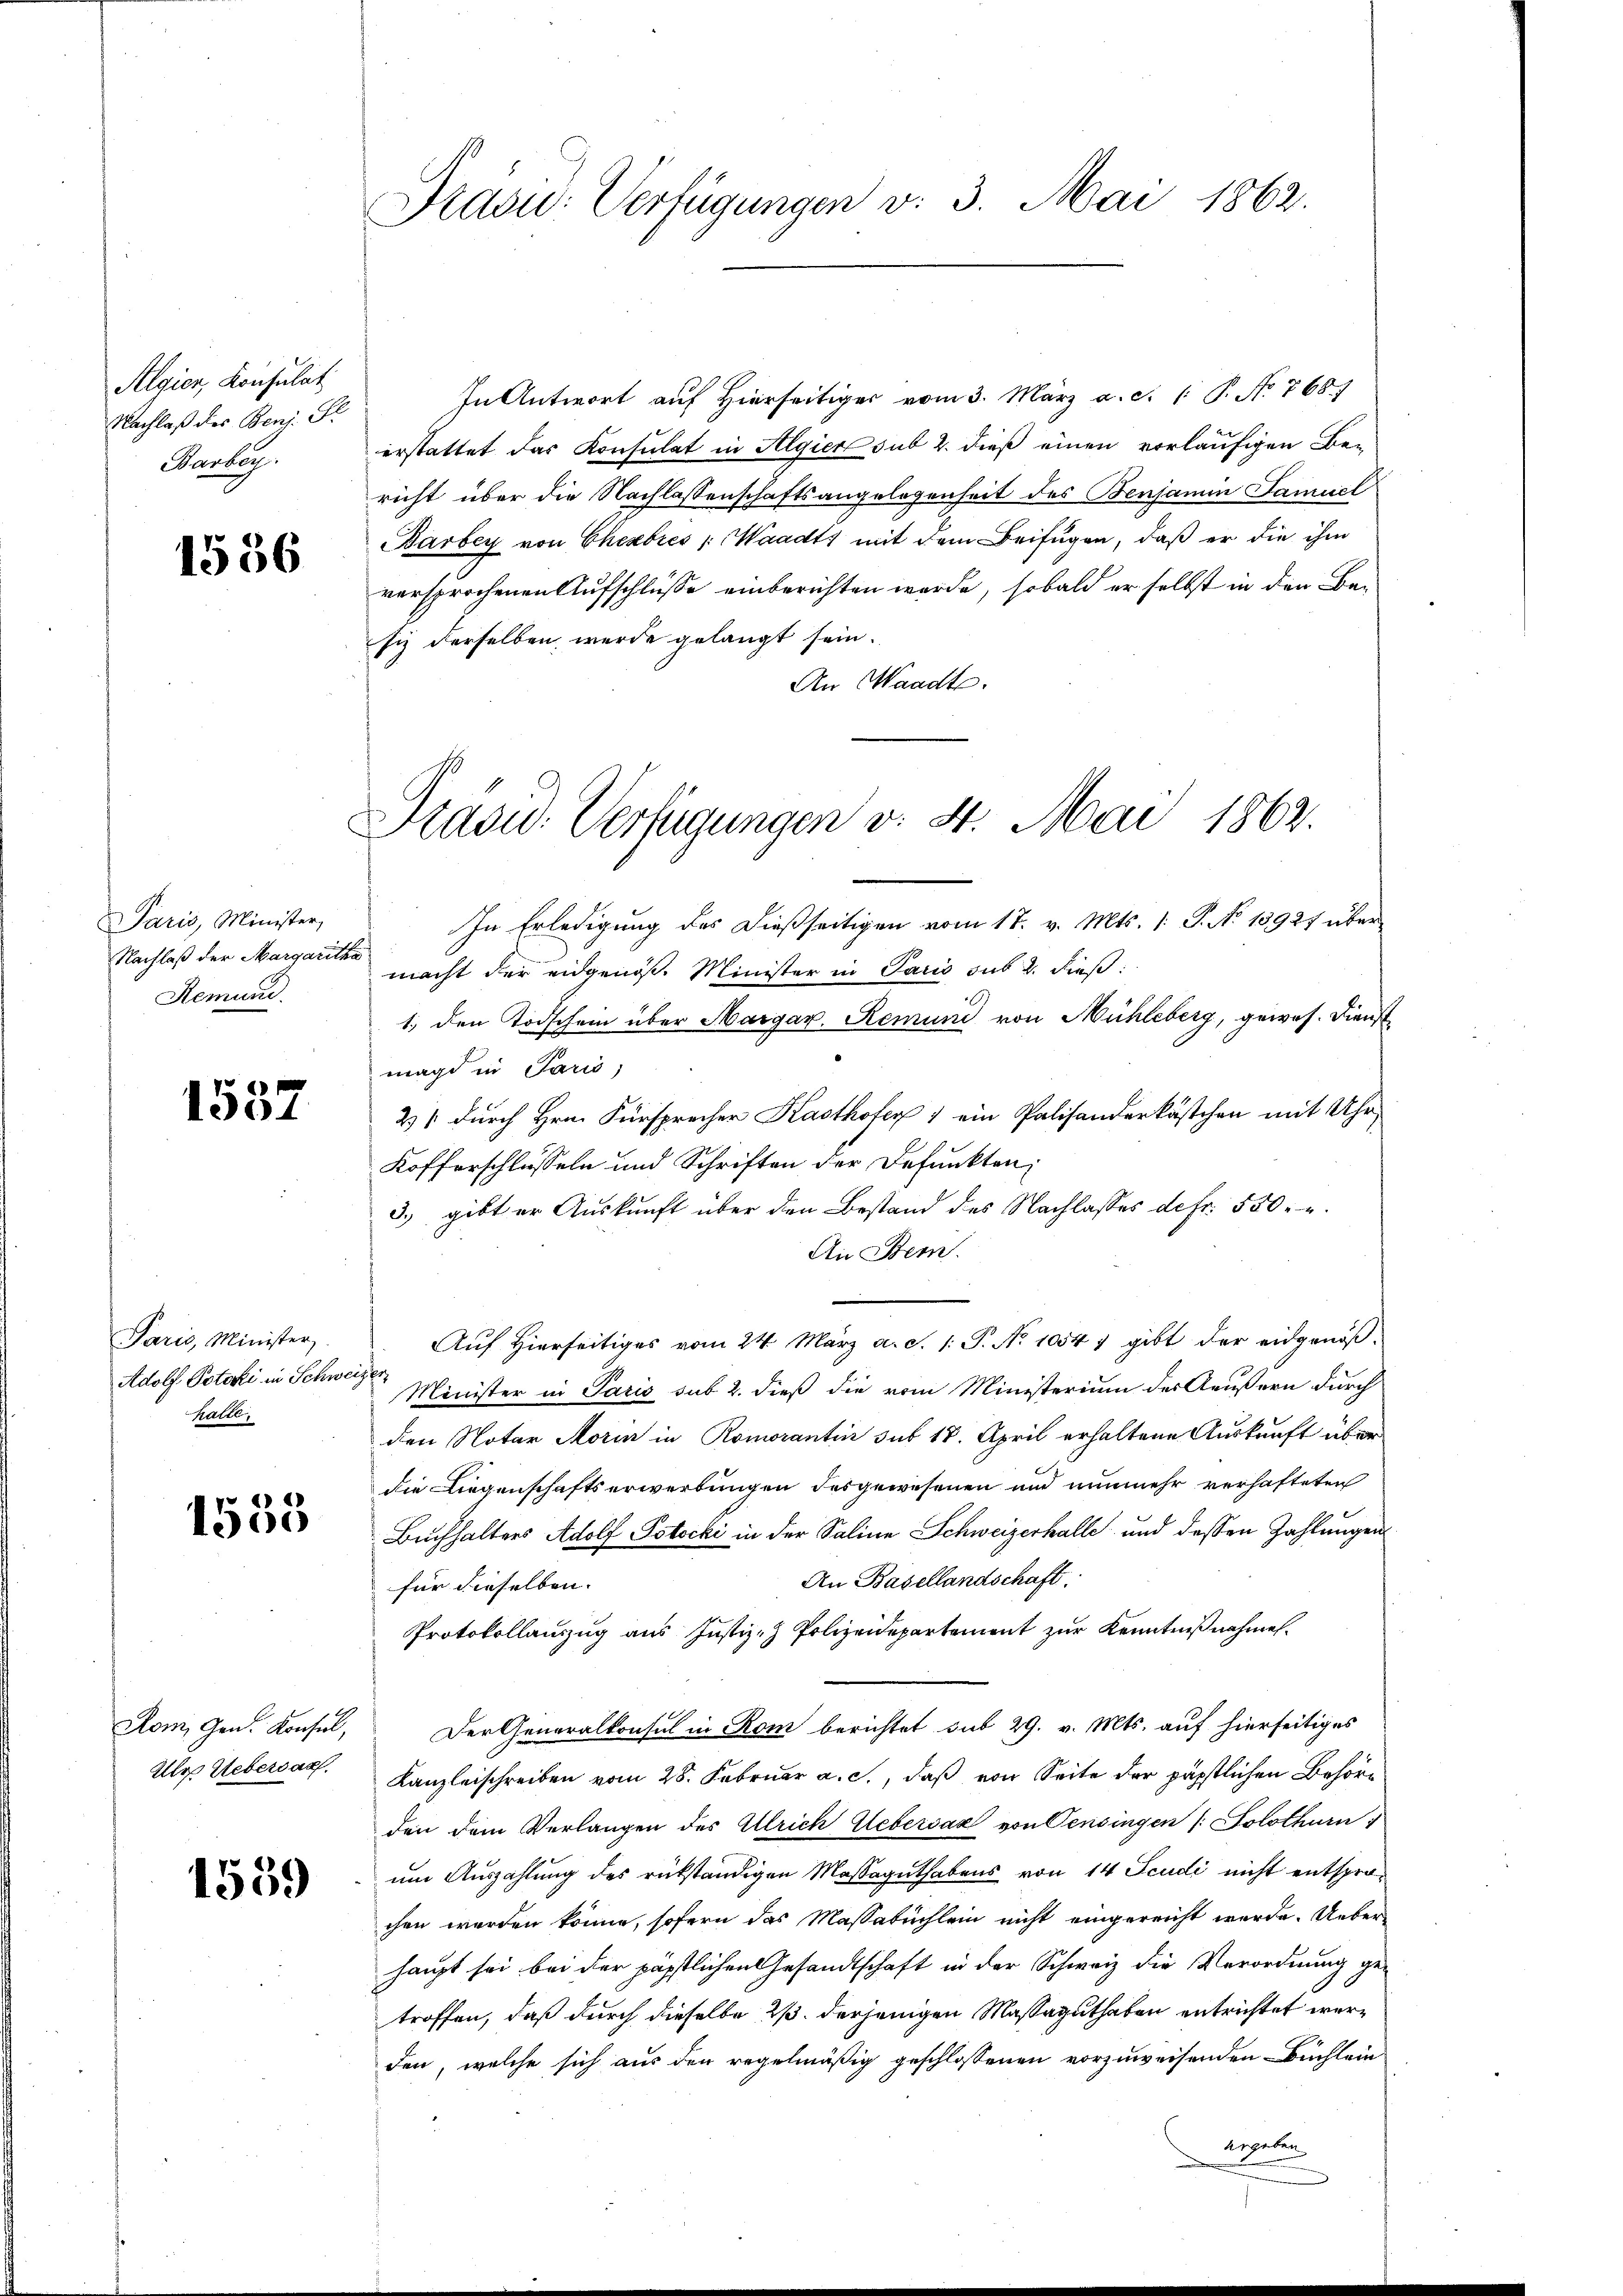
Algier, Konsulat
Nachlaß des Benz. S
Barbar.

1556

Paris, Minister,
Nachlaß der Margaritha
Remune.

1537

Paris, Minister
Adolf Potoki in Schwei
Halle,

4
1500

Rom, Gen. Konsel,
Ulr Uebersac

1559

Präsid: Verfügungen v. 3. Mai 1862.

Präsid. Verfügungen v. 4. Mai 1862.

In Antwort auf Hierseitiger vom 3. März a.c. (: P. No 768.)
erstattet das Konsulat in Algier sub 2. dieß einen vorläufigen Be-
richt über die Nachlassenschaftsangelegenheit des Benjamin Samuel
Barbey von Eheabres /: Waadt mit dem Beifügen, daß er die ihm
versprochenen Aufschlüsse einberichten werde, sobald er selbst in den Be-
siz derselben wurde gelangt sein.
An Waadt.
In Erledigung des dießseitigen vom 17. v. Mts. 1. P. No 13921 über
macht der eidgenöß. Minister in Paris sub 2. dieß:
1. den Todschein über Margar. Remune von Mühleberg, gewes. Dienst
magd in Paris,
2) durch Hrn. Fürsprecher Kasthofer 1 ein Palisanderkästchen mit Uhr
Kofferschlüsseln und Schriften der Befunkten,
3) gibt er Auskunft über den Bestand des Nachlasses defr. 550 u.
An Bern.
Auf Hierseitiges vom 24. März a. S. 1: P. No 10547 gibt der eidgenößt
Minister in Paris sub. 2. dieß die vom Ministerium des Aeußern durch
den Notar Morin in Romorantin sub 18. April erhaltene Auskunft über
die Liegenschaftserwerbungen des gewesenen und nunmehr verhafteten
Buchhalters Adolf Pstocki in der Saline Schweizerhalle und dessen Zahlungen
An Basellandschaft.
für dieselben. |
Protokollauszug aus Justiz- & Polizeidepartement zur Kenntnißnahmen.
Der Generalkonsul in Rom berichtet sub 29. v. Mts. auf hierseitiges
Kanzleischreiben vom 28. Februar a. c., daß von Seite der päpstlichen Behörden dem Verlangen des Ulrich Uebervaz von Pensingen /: Solothurn
um Auszahlung des rükständigen Massaguthabens von 14 Scudi nicht entsprochen werden könne, sofern das Massabuchlein nicht eingereicht werde. Ueberhaupt sei bei der päpstlichen Gesandtschaft in der Schweiz die Verordnung ge-
troffen, daß durch dieselbe 2. derjenigen Massaguthaben entrichtet werden, welche sich aus den regelmäßig geschlossenen vorzuweisenden Büchleinergeben